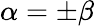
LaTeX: \alpha=\pm\beta